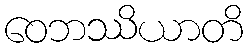
ဝေဘဿိယာတိ